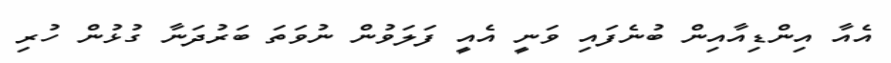
އެއާ އިންޑިއާއިން ބުނެފައި ވަނީ އެއީ ފަލަވުން ނުވަތަ ބަރުދަނާ ގުޅުން ހުރި